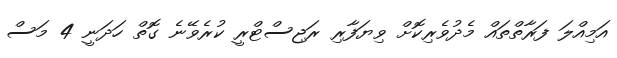
އަމިއްލަ ފަރާތްތައް މެދުވެރިކޮށް ވިޔަފާރި ރަޖިސްޓްރީ ކުރެވޭނެ ގޮތް ހަދަނީ 4 މަސް